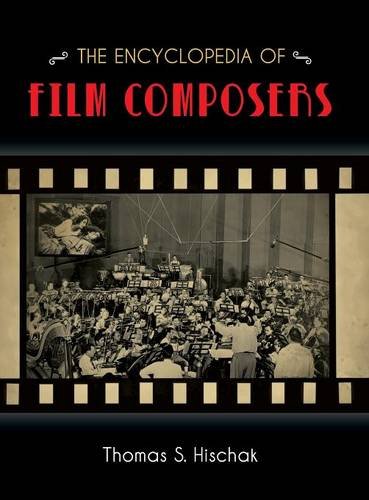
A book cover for The Encyclopedia of Film Composers; Thomas S. Hischak; Humor & Entertainment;